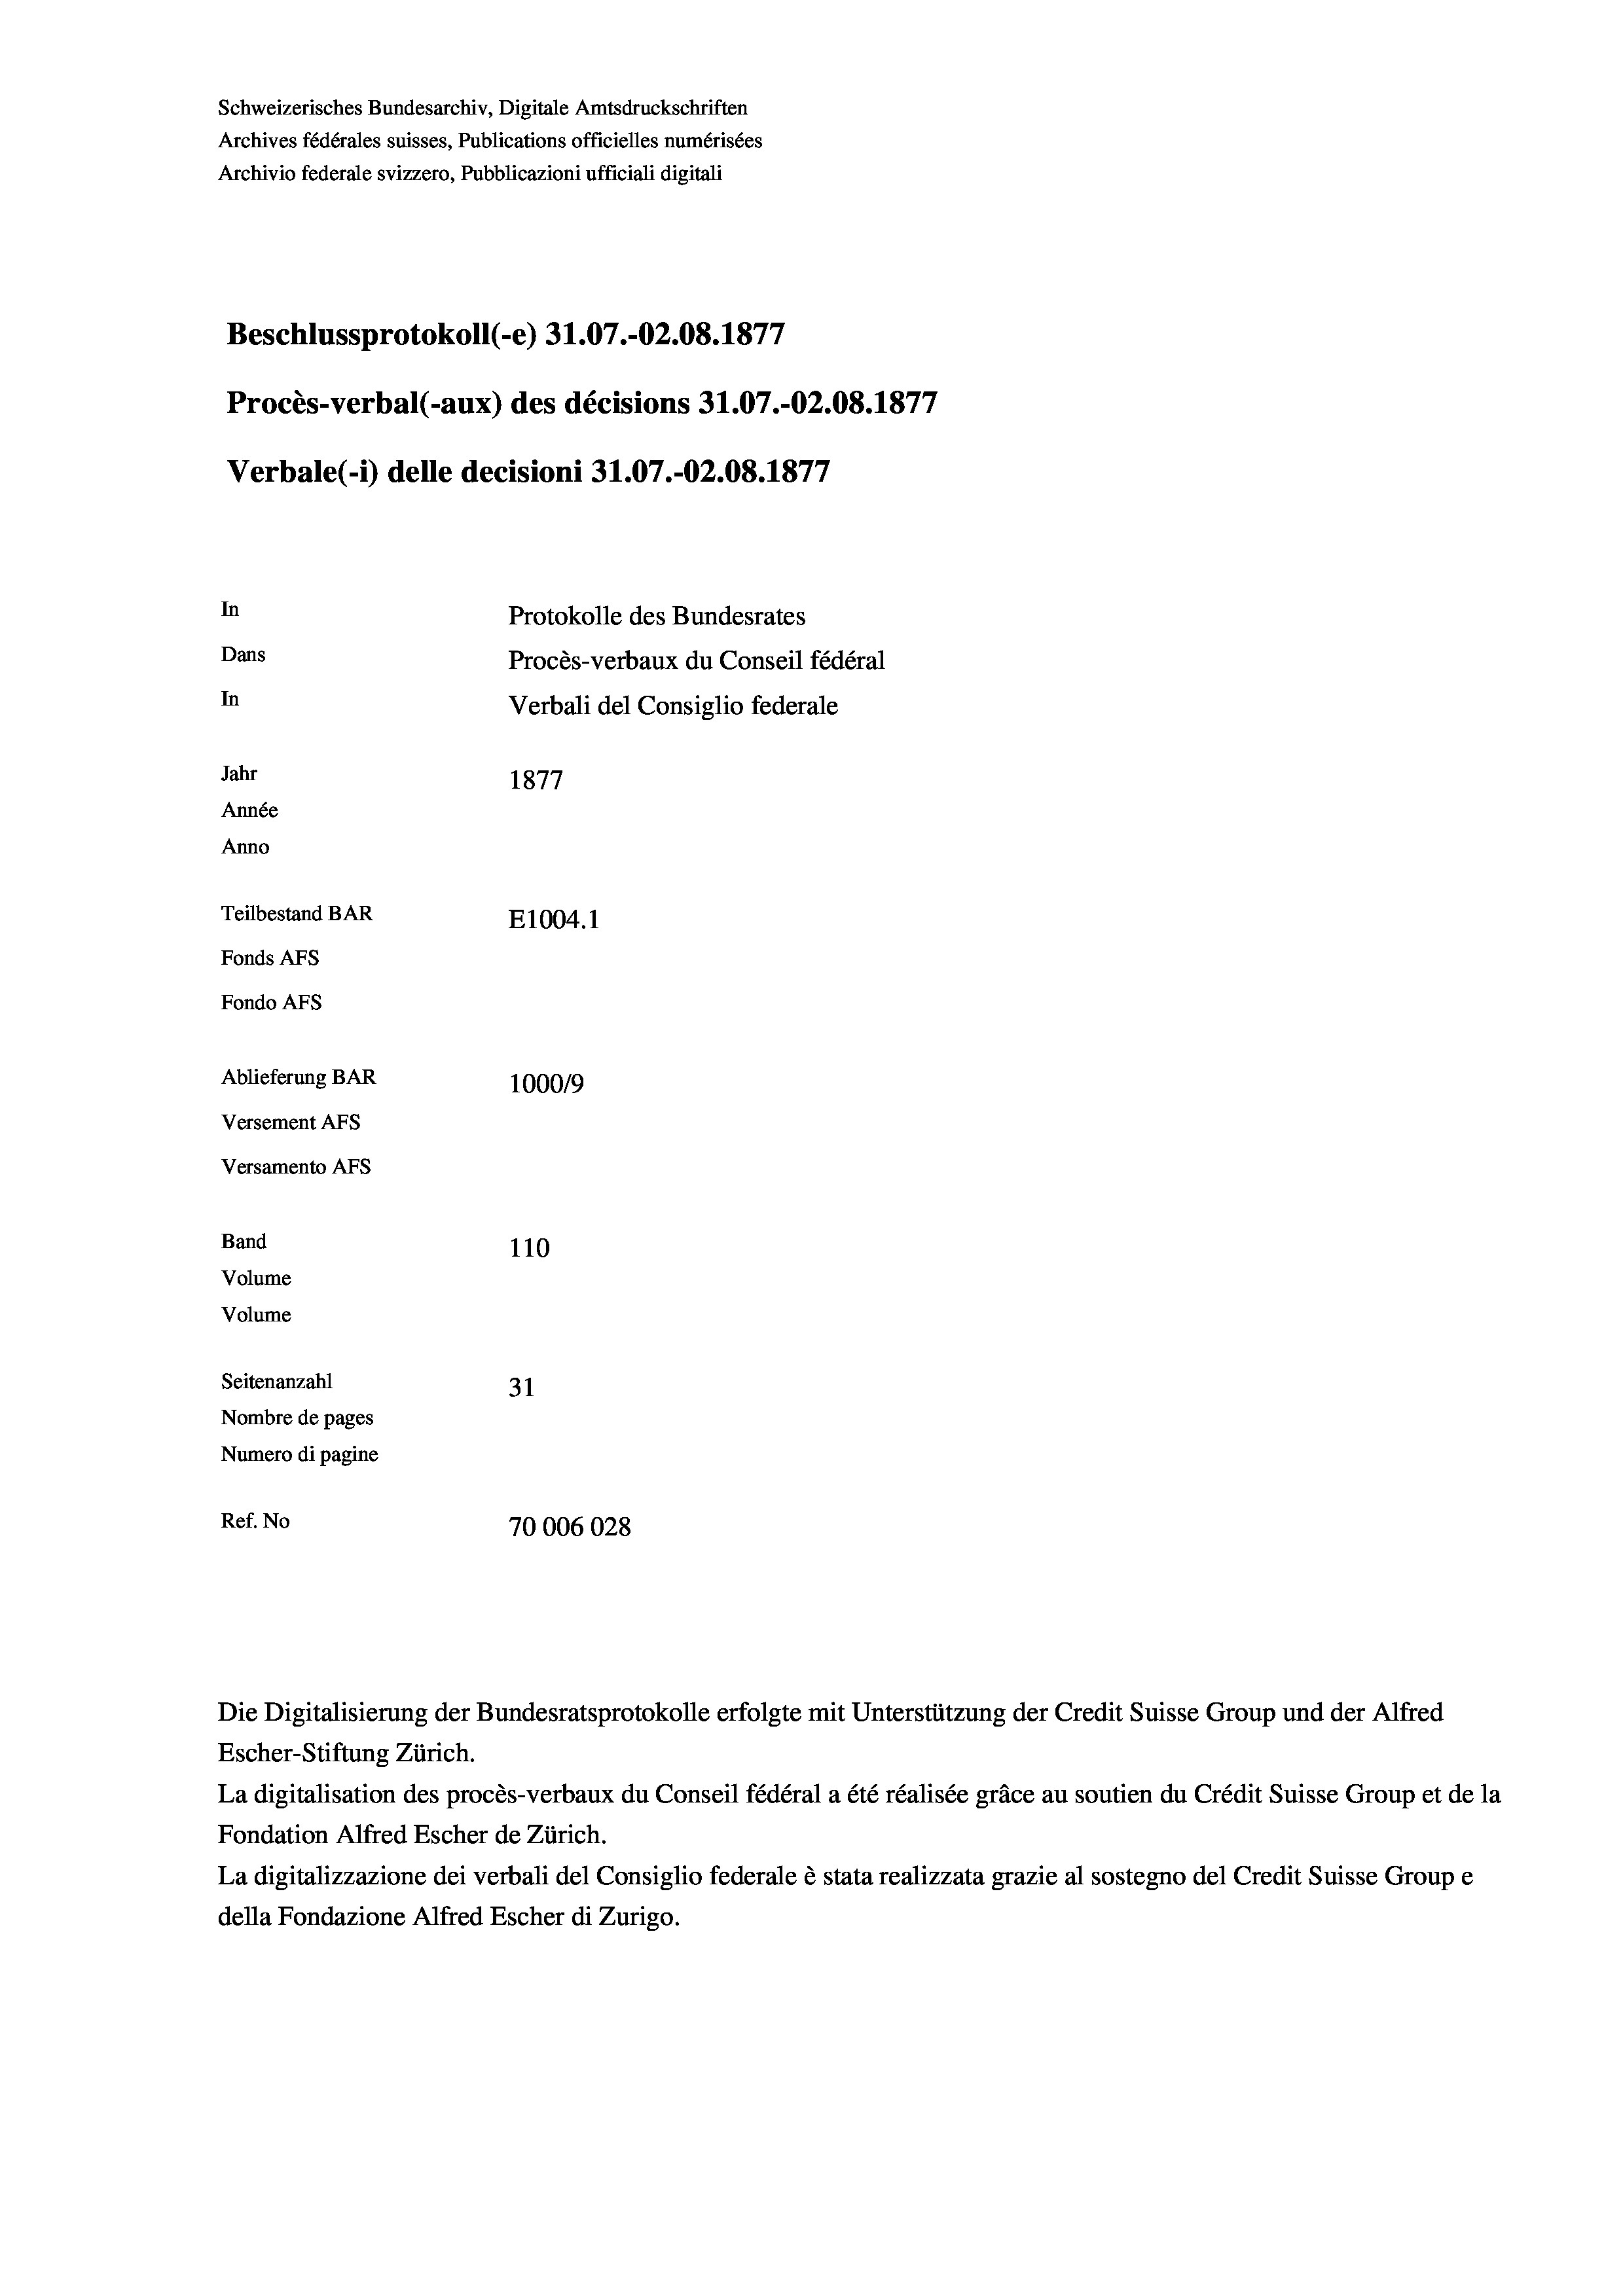
Schweizerisches Bundesarchiv, Digitale Amtsdruckschriften
Archives fédérales suisses, Publications officielles numérisées
Archivio federale svizzero, Pubblicazioni ufficiali digitali
Beschlussprotokoll (-e) 31.07.-02.08. 1877
Procès-verbal (-aux) des décisions 31.07.-O2.08. 1877
Verbale (- 1) delle decisioni 31.07.-O2.08. 1877
In
Protokolle des Bundesrates
Dans
Procès-verbaux du Conseil fédéral
In
Verbali del Consiglio federale
Jahr
1877
Année
Anno
Teilbestand BAR
E1004.1
Fonds Afs
Fondo AFs
Ablieferung BAR
100019
Versement AFs
Versamento Afs
Band
110
Volume
Volume
Seitenanzahl
31
Nombre de pages
Numero di pagine
Ref. No
70006028

Escher-Stiftung Zürich.
La digitalisation des procès-verbaux du Conseil fédéral a été réalisée gräce au soutien du Crédit Suisse Group et de la
Fondation Alfred Escher de Zürich.
La digitalizzazione dei verbali del Consiglio federale è stata realizzata grazie al sostegno del Credit Suisse Groupe
della Fondazione Alfred Escher di Zurigo.

Die Digitalisierung der Bundesratsprotokolle erfolgte mit Unterstützung der Credit Suisse Group und der Alfred